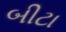
બીટા